Civil Veterinary Dept. Assam report 1911-1927 - 1911-1927
Year: 1911
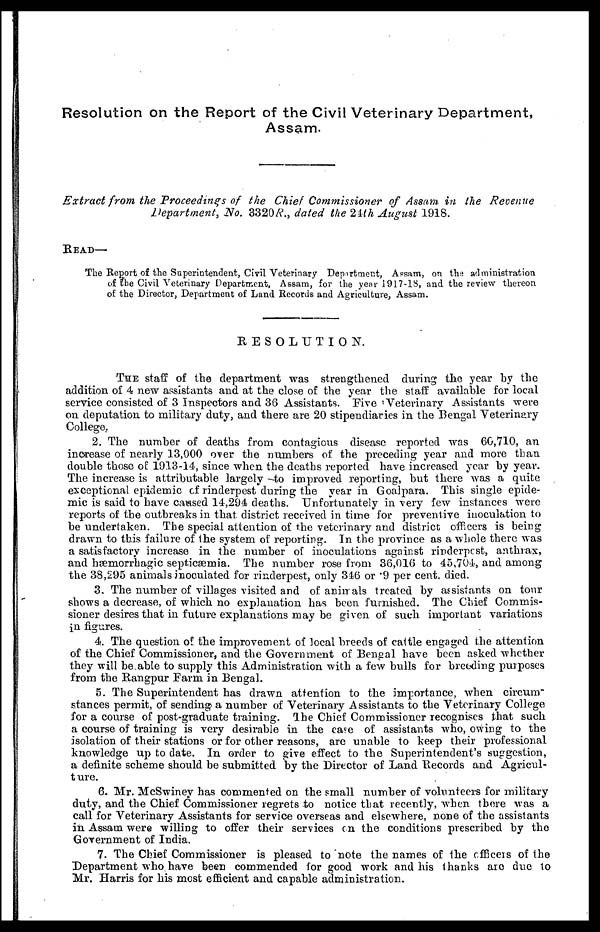
Resolution on the Report of the Civil Veterinary Department,
Assam.
Extract from the Proceedings of the Chief Commissioner of Assam in the Revenue
Department, No. 3320R., dated the 24th August 1918.
READ—
The Report of the Superintendent, Civil Veterinary Department, Assam, on the administration
of the Civil Veterinary Department, Assam, for the year 1917-18, and the review thereon
of the Director, Department of Land Records and Agriculture, Assam.
RESOLUTION.
THE staff of the department was strengthened during the year by the
addition of 4 new assistants and at the close of the year the staff available for local
service consisted of 3 Inspectors and 36 Assistants. Five Veterinary Assistants were
on deputation to military duty, and there are 20 stipendiaries in the Bengal Veterinary
College.
2. The number of deaths from contagious disease reported was 60,710, an
increase of nearly 13,000 over the numbers of the preceding year and more than
double those of 1913-14, since when the deaths reported have increased year by year.
The increase is attributable largely -to improved reporting, but there was a quite
exceptional epidemic of rinderpest during the year in Goalpara. This single epide-
mic is said to have caused 14,294 deaths. Unfortunately in very few instances were
reports of the outbreaks in that district received in time for preventive inoculation to
be undertaken. The special attention of the veterinary and district officers is being
drawn to this failure of 1he system of reporting. In the province as a whole there was
a satisfactory increase in the number of inoculations against rinderpest, anthrax,
and hæmorrhagic septicæmia. The number rose from 36,016 to 45,704, and among
the 38,295 animals inoculated for rinderpest, only 346 or 9 per cent. died.
3. The number of villages visited and of anirrals treated by assistants on tour
shows a decrease, of which no explanation has been furnished. The Chief Commis-
sioner desires that in future explanations may be given of such important variations
in figures.
4. The question of the improvement of local breeds of cattle engaged the attention
of the Chief Commissioner, and the Government of Bengal have been asked whether
they will be able to supply this Administration with a few bulls for breeding purposes
from the Rangpur Farm in Bengal.
5. The Superintendent has drawn attention to the importance, when circum"
stances permit, of sending a number of Veterinary Assistants to the Veterinary College
for a course of post-graduate training. The Chief Commissioner recognises that such
a course of training is very desirable in the case of assistants who, owing to the
isolation of their stations or for other reasons, are unable to keep their professional
knowledge up to date. In order to give effect to the Superintendent's suggestion,
a definite scheme should be submitted by the Director of Land Records and Agricul-
t ure.
6. Mr. McSwiney has commented on the small number of volunteers for military
duty, and the Chief Commissioner regrets to notice that recently, when there was a
call for Veterinary Assistants for service overseas and elsewhere, none of the assistants
in Assam were willing to offer their services on the conditions prescribed by the
Government of India.
7. The Chief Commissioner is pleased to note the names of the officers of the
Department who have been commended for good work and his thanks are due to
Mr, Harris for his most efficient and capable administration.